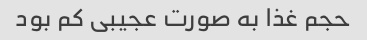
حجم غذا به صورت عجیبی کم بود